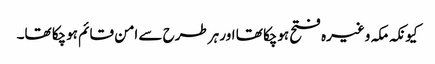
کیونکہ مکہ وغیرہ فتح ہوچکا تھا اور ہرطرح سے امن قائم ہوچکا تھا۔